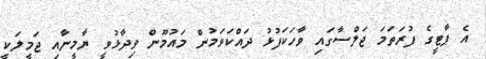
އެ ޕާޓީގެ ފުރަތަމަ ޖަލްސާގައި ވާހަކަފުޅު ދައްކަވަމުން މައުމޫން ވިދާޅުވީ ޔާމީނާއި ޖަމީލަކީ